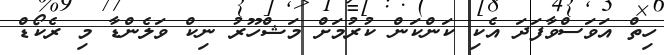
ހިތް އަވަސްވާފަދަ އެކި ކަންކަން ކުރުމަށް މަޝްހޫރު ނިކް ވަލެންޑާ މި ރެކޯޑް